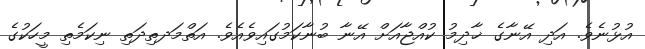
އުޅުނެވެ. އަދި އޭނާގެ ޚާދިމު ކުއްޖާއަށް އޭނާ ބުނާކަމުގައިވެއެވެ. އަތްމަދތިދަތި ނިކަމެތި މީހަކުގެ